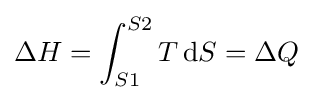
\Delta H=\int _{S1}^{S2}T\,\mathrm {d} S=\Delta Q